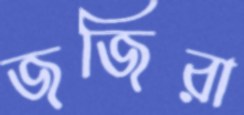
জজিরা